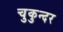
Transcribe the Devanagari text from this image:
चुकुन्दर